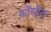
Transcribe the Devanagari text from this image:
कोंसील